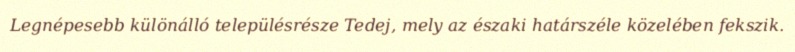
Legnépesebb különálló településrésze Tedej, mely az északi határszéle közelében fekszik.